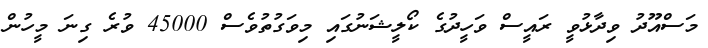
މަސްއޫދު ވިދާޅުވީ ރައީސް ވަހީދުގެ ކޯލީޝަނުގައި މިވަގުތުވެސް 45000 ވުރެ ގިނަ މީހުން